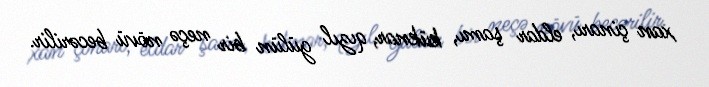
xan çinarı, eldar şamı, küknar, qızıl gülün bir neçə növü becərilir.